Civil Veterinary Department ledger series I-VI
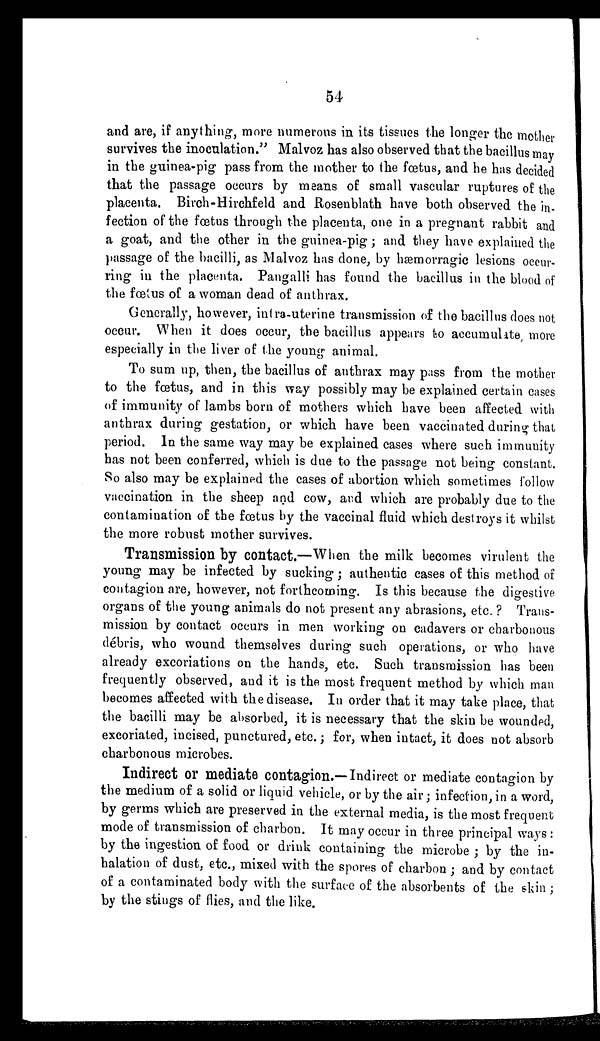
54
and are, if anything, more numerous in its tissues the longer the mother
survives the inoculation." Malvoz has also observed that the bacillus may
in the guinea-pig pass from the mother to the fœtus, and he has decided
that the passage occurs by means of small vascular ruptures of the
placenta. Birch-Hirchfeld and Rosenblath have both observed the in-
fection of the fœtus through the placenta, one in a pregnant rabbit and
a goat, and the other in the guinea-pig; and they have explained the
passage of the bacilli, as Malvoz has done, by hæmorragic lesions occur-
ring in the placenta. Pangalli has found the bacillus in the blood of
the fœtus of a woman dead of anthrax.
Generally, however, intra-uterine transmission of the bacillus does not
occur. When it does occur, the bacillus appears to accumulate, more
especially in the liver of the young animal.
To sum up, then, the bacillus of anthrax may pass from the mother
to the fœtus, and in this way possibly may be explained certain cases
of immunity of lambs born of mothers which have been affected with
anthrax during gestation, or which have been vaccinated during that
period. In the same way may be explained cases where such immunity
has not been conferred, which is due to the passage not being constant.
So also may be explained the cases of abortion which sometimes follow
vaccination in the sheep and cow, and which are probably due to the
contamination of the fœtus by the vaccinal fluid which destroys it whilst
the more robust mother survives.
Transmission by contact.—When the milk becomes virulent the
young may be infected by sucking; authentic cases of this method of
contagion are, however, not forthcoming. Is this because the digestive
organs of the young animals do not present any abrasions, etc.? Trans-
mission by contact occurs in men working on cadavers or charbonous
débris, who wound themselves during such operations, or who have
already excoriations on the hands, etc. Such transmission has been
frequently observed, and it is the most frequent method by which man
becomes affected with the disease. In order that it may take place, that
the bacilli may be absorbed, it is necessary that the skin be wounded,
excoriated, incised, punctured, etc.; for, when intact, it does not absorb
charbonous microbes.
Indirect or mediate contagion.—Indirect or mediate contagion by
the medium of a solid or liquid vehicle, or by the air; infection, in a word,
by germs which are preserved in the external media, is the most frequent
mode of transmission of charbon. It may occur in three principal ways:
by the ingestion of food or drink containing the microbe; by the in-
halation of dust, etc., mixed with the spores of charbon; and by contact
of a contaminated body with the surface of the absorbents of the skin;
by the stings of flies, and the like.